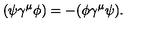
( \psi \gamma ^ { \mu } \phi ) = - ( \phi \gamma ^ { \mu } \psi ) .